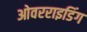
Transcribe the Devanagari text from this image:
ओवरराइडिंग